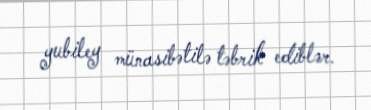
yubiley münasibətilə təbrik ediblər.